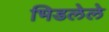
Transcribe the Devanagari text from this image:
भिडलेले